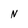
Character: N